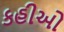
કહીઓ